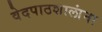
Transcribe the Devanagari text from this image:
वेदपाठशालांना